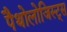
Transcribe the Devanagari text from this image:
पैथोलोजिस्ट्स